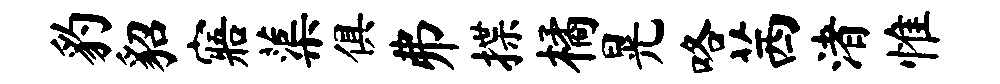
豹貂寤蕖俱弗揲橘晃咯茜渚惟